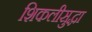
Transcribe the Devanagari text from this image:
शिकलीसुद्धा